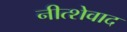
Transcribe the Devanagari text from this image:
नीत्शेवाद